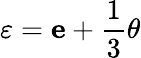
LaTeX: \varepsilon=\textit{\textbf{e}}+\frac{1}{3}\theta